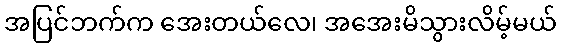
အပြင်ဘက်က အေးတယ်လေ၊ အအေးမိသွားလိမ့်မယ်